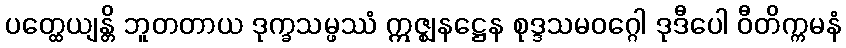
ပတ္ထေယျန္တိ ဘူတတာယ ဒုက္ခသမ္ဖဿံ ဣဇ္ဈနဋ္ဌေန စုဒ္ဒသမဝဂ္ဂေါ ဒုဒီပေါ ဝီတိက္ကမနံ